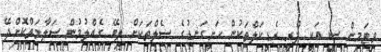
ވިޓަމިން ސީ އަކީ ފްރީ ރެޑިކަލްތަކުން ހަށިގަނޑުގެ ސެލްތަކަށް ލިބޭ ގެއްލުމުން ސަލާމަތްކޮށްދޭ